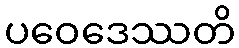
ပဝေဒေဿတိ